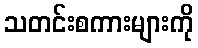
သတင်းစကားများကို